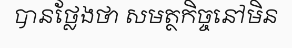
បានថ្លែងថា សមត្ថកិច្ចនៅមិន